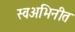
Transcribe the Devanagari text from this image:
स्वअभिनीत